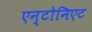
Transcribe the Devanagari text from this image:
एन्टोनिएट